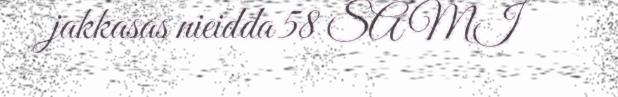
jakkasas nieidda 58 SAMI